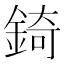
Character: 錡